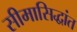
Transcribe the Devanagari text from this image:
सीमासिद्धांत